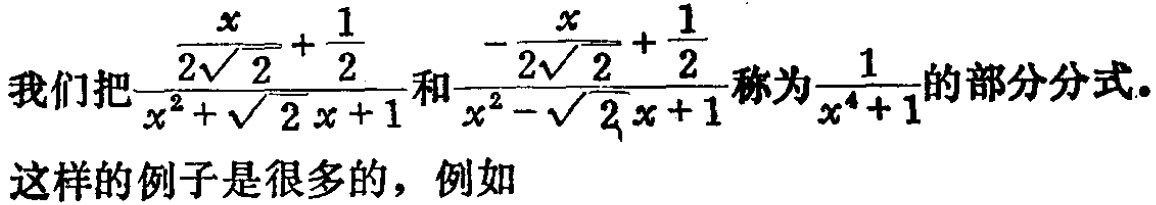
我们把$\frac{\frac{x}{2\sqrt{2}}+\frac{1}{2}}{x^{2}+\sqrt{2}x + 1}$和$\frac{-\frac{x}{2\sqrt{2}}+\frac{1}{2}}{x^{2}-\sqrt{2}x + 1}$称为$\frac{1}{x^{4}+1}$的部分分式。
这样的例子是很多的，例如